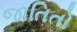
જાતિતો